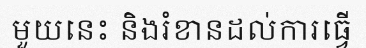
មួយនេះ និងរំខានដល់ការធ្វើ